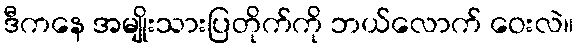
ဒီကနေ အမျိုးသားပြတိုက်ကို ဘယ်လောက် ဝေးလဲ။